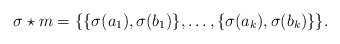
\begin{align*}\sigma \star m = \{ \{\sigma(a_1), \sigma(b_1)\}, \dots, \{\sigma(a_k), \sigma(b_k)\}\}.\end{align*}